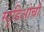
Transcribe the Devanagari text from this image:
स्टूडिओची